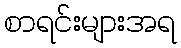
စာရင်းများအရ